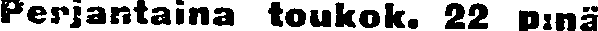
Perjantaina toukok. 22 p:nä